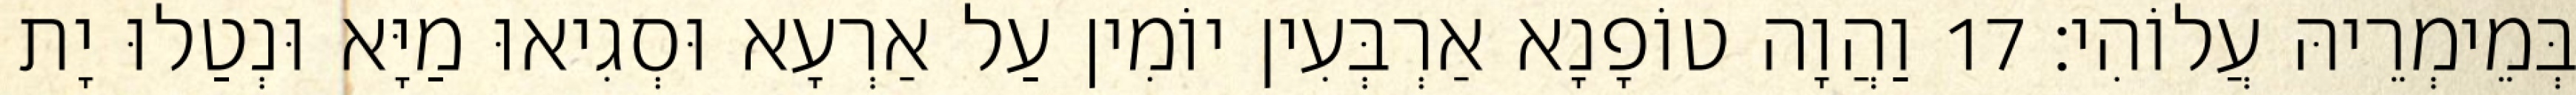
בְּמֵימְרֵיהּ עֲלוֹהִי׃ 17 וַהֲוָה טוֹפָנָא אַרְבְּעִין יוֹמִין עַל אַרְעָא וּסְגִיאוּ מַיָּא וּנְטַלוּ יָת